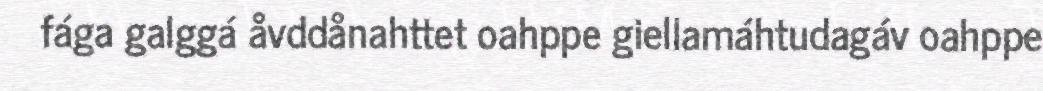
fága galggá åvddånahttet oahppe giellamáhtudagáv oahppe